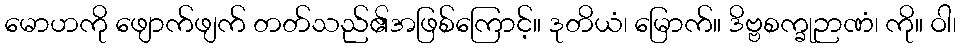
မောဟကို ဖျောက်ဖျက် တတ်သည်၏အဖြစ်ကြောင့်။ ဒုတိယံ၊ မြောက်။ ဒိဗ္ဗစက္ခုဉာဏံ၊ ကို။ ဝါ၊